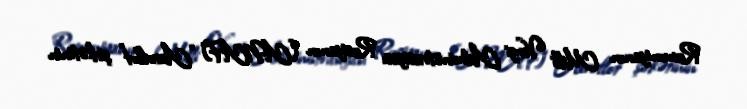
Rumıniyanın Milli Vergi Administrasiyası Rusiyanın (ANAF) “Aeroflot” şirkətinin